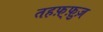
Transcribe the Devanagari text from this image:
तहफ़्फ़ुज़